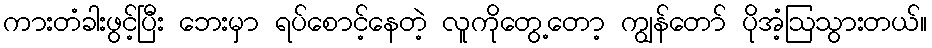
ကားတံခါးဖွင့်ပြီး ဘေးမှာ ရပ်စောင့်နေတဲ့ လူကိုတွေ့တော့ ကျွန်တော် ပိုအံ့ဩသွားတယ်။